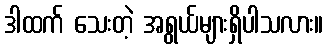
ဒါထက် သေးတဲ့ အရွယ်များရှိပါသလား။